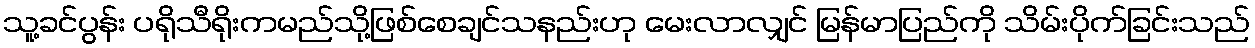
သူ့ခင်ပွန်း ပရိုသီရိုးကမည်သို့ဖြစ်စေချင်သနည်းဟု မေးလာလျှင် မြန်မာပြည်ကို သိမ်းပိုက်ခြင်းသည်